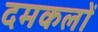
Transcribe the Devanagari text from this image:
दमकलों